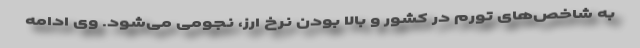
به شاخص‌های تورم در کشور و بالا بودن نرخ ارز، نجومی می‌شود. وی ادامه